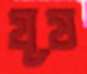
যূষ